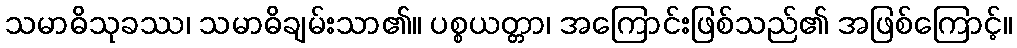
သမာဓိသုခဿ၊ သမာဓိချမ်းသာ၏။ ပစ္စယတ္တာ၊ အကြောင်းဖြစ်သည်၏ အဖြစ်ကြောင့်။